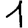
Digit: 1